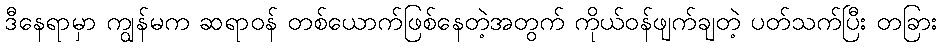
ဒီနေရာမှာ ကျွန်မက ဆရာဝန် တစ်ယောက်ဖြစ်နေတဲ့အတွက် ကိုယ်ဝန်ဖျက်ချတဲ့ ပတ်သက်ပြီး တခြား